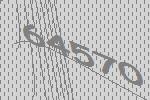
64570